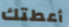
أعطتك